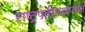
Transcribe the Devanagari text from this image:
राष्ट्रपतीपदापर्यंत